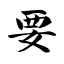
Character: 要